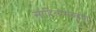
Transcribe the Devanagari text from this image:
साहित्यसंग्रहात